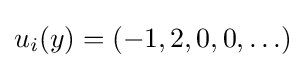
u_{i}(y)=(-1,2,0,0,\ldots )